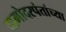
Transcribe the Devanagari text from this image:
दामोदरपंतांच्या